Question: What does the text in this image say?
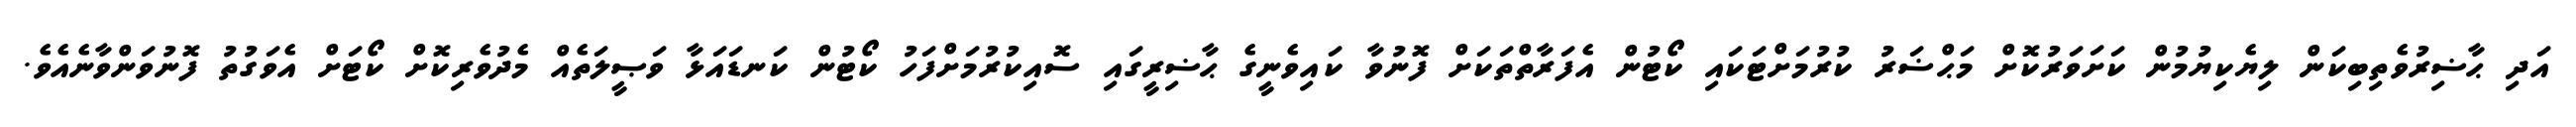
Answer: އަދި ޙާޟިރުވެތިބިކަން ލިޔެކިޔުމުން ކަށަވަރުކޮށް މަޙްޟަރު ކުރުމަށްޓަކައި ކޯޓުން އެފަރާތްތަކަށް ފޮނުވާ ކައިވެނީގެ ޙާޟިރީގައި ސޮއިކުރުމަށްފަހު ކޯޓުން ކަނޑައަޅާ ވަޞީލަތެއް މެދުވެރިކޮށް ކޯޓަށް އެވަގުތު ފޮނުވަންވާނެއެވެ.